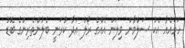
ހަމައެއާ އެކު ސަލްމާން ވިލަން އެއްގެ ރޯލު އަދާ ކުރަނީ ބެލުންތެރިންގެ ބޮޑު